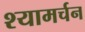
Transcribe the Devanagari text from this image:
श्यामर्चन